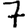
Digit: 7